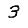
Digit: 3